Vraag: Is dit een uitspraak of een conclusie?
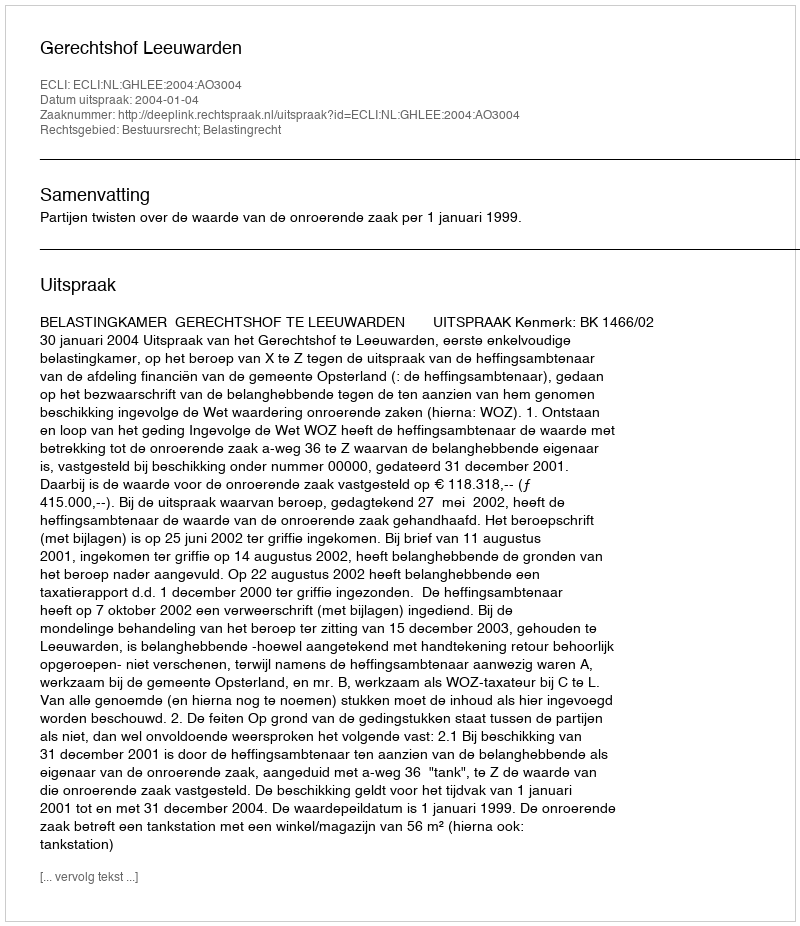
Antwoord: Uitspraak